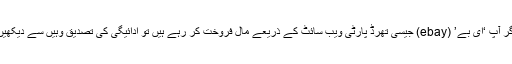
اگر آپ ‘ای بے’ (ebay) جیسی تھرڈ پارٹی ویب سائٹ کے ذریعے مال فروخت کر رہے ہیں تو ادائیگی کی تصدیق وہیں سے دیکھیں۔